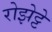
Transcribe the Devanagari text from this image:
रोझेट्टे